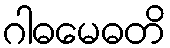
ဂါဓမေဓတိ